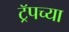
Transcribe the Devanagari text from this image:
ट्रॅपच्या